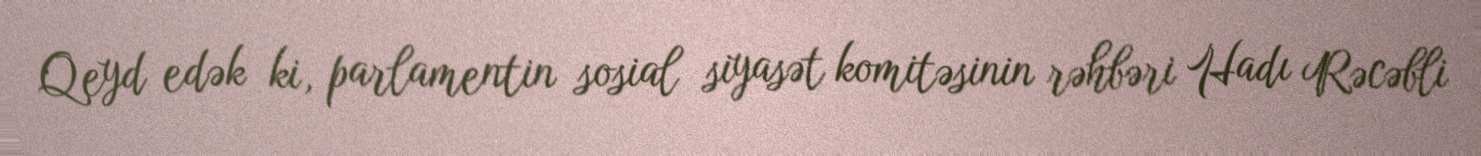
Qeyd edək ki, parlamentin sosial siyasət komitəsinin rəhbəri Hadı Rəcəbli